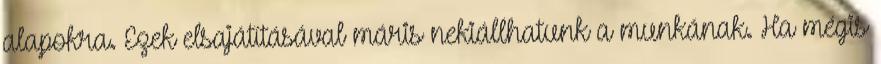
alapokra. Ezek elsajátításával máris nekiállhatunk a munkának. Ha mégis